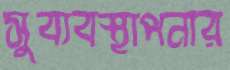
সুব্যবস্থাপনার